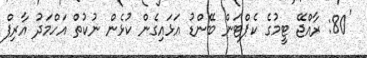
'80: ރާއްޖޭ ޓީމުގެ ކެޕްޓަން ބޭންޑު އަޅައިގެން ކުޅެން ނުކުތް އަހްމަދު އާރިފް